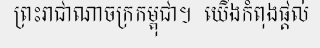
ព្រះរាជាណាចក្រកម្ពុជា។  យើងកំពុងផ្តល់